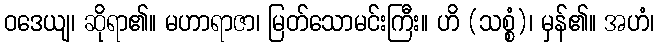
ဝဒေယျ၊ ဆိုရာ၏။ မဟာရာဇာ၊ မြတ်သောမင်းကြီး။ ဟိ (သစ္စံ)၊ မှန်၏။ အဟံ၊